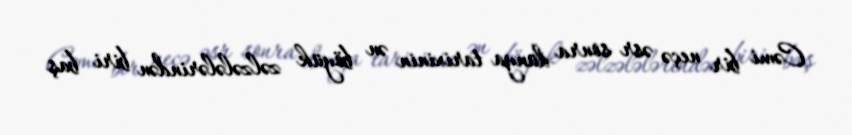
Cəmi bir neçə əsr sonra dünya tarixinin ən böyük zəlzələlərindən biri baş